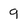
Character: q